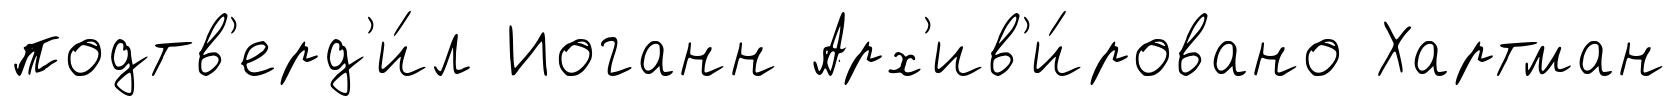
подтв'ерд'и́л Иоганн Арх'ив'и́ровано Хартман